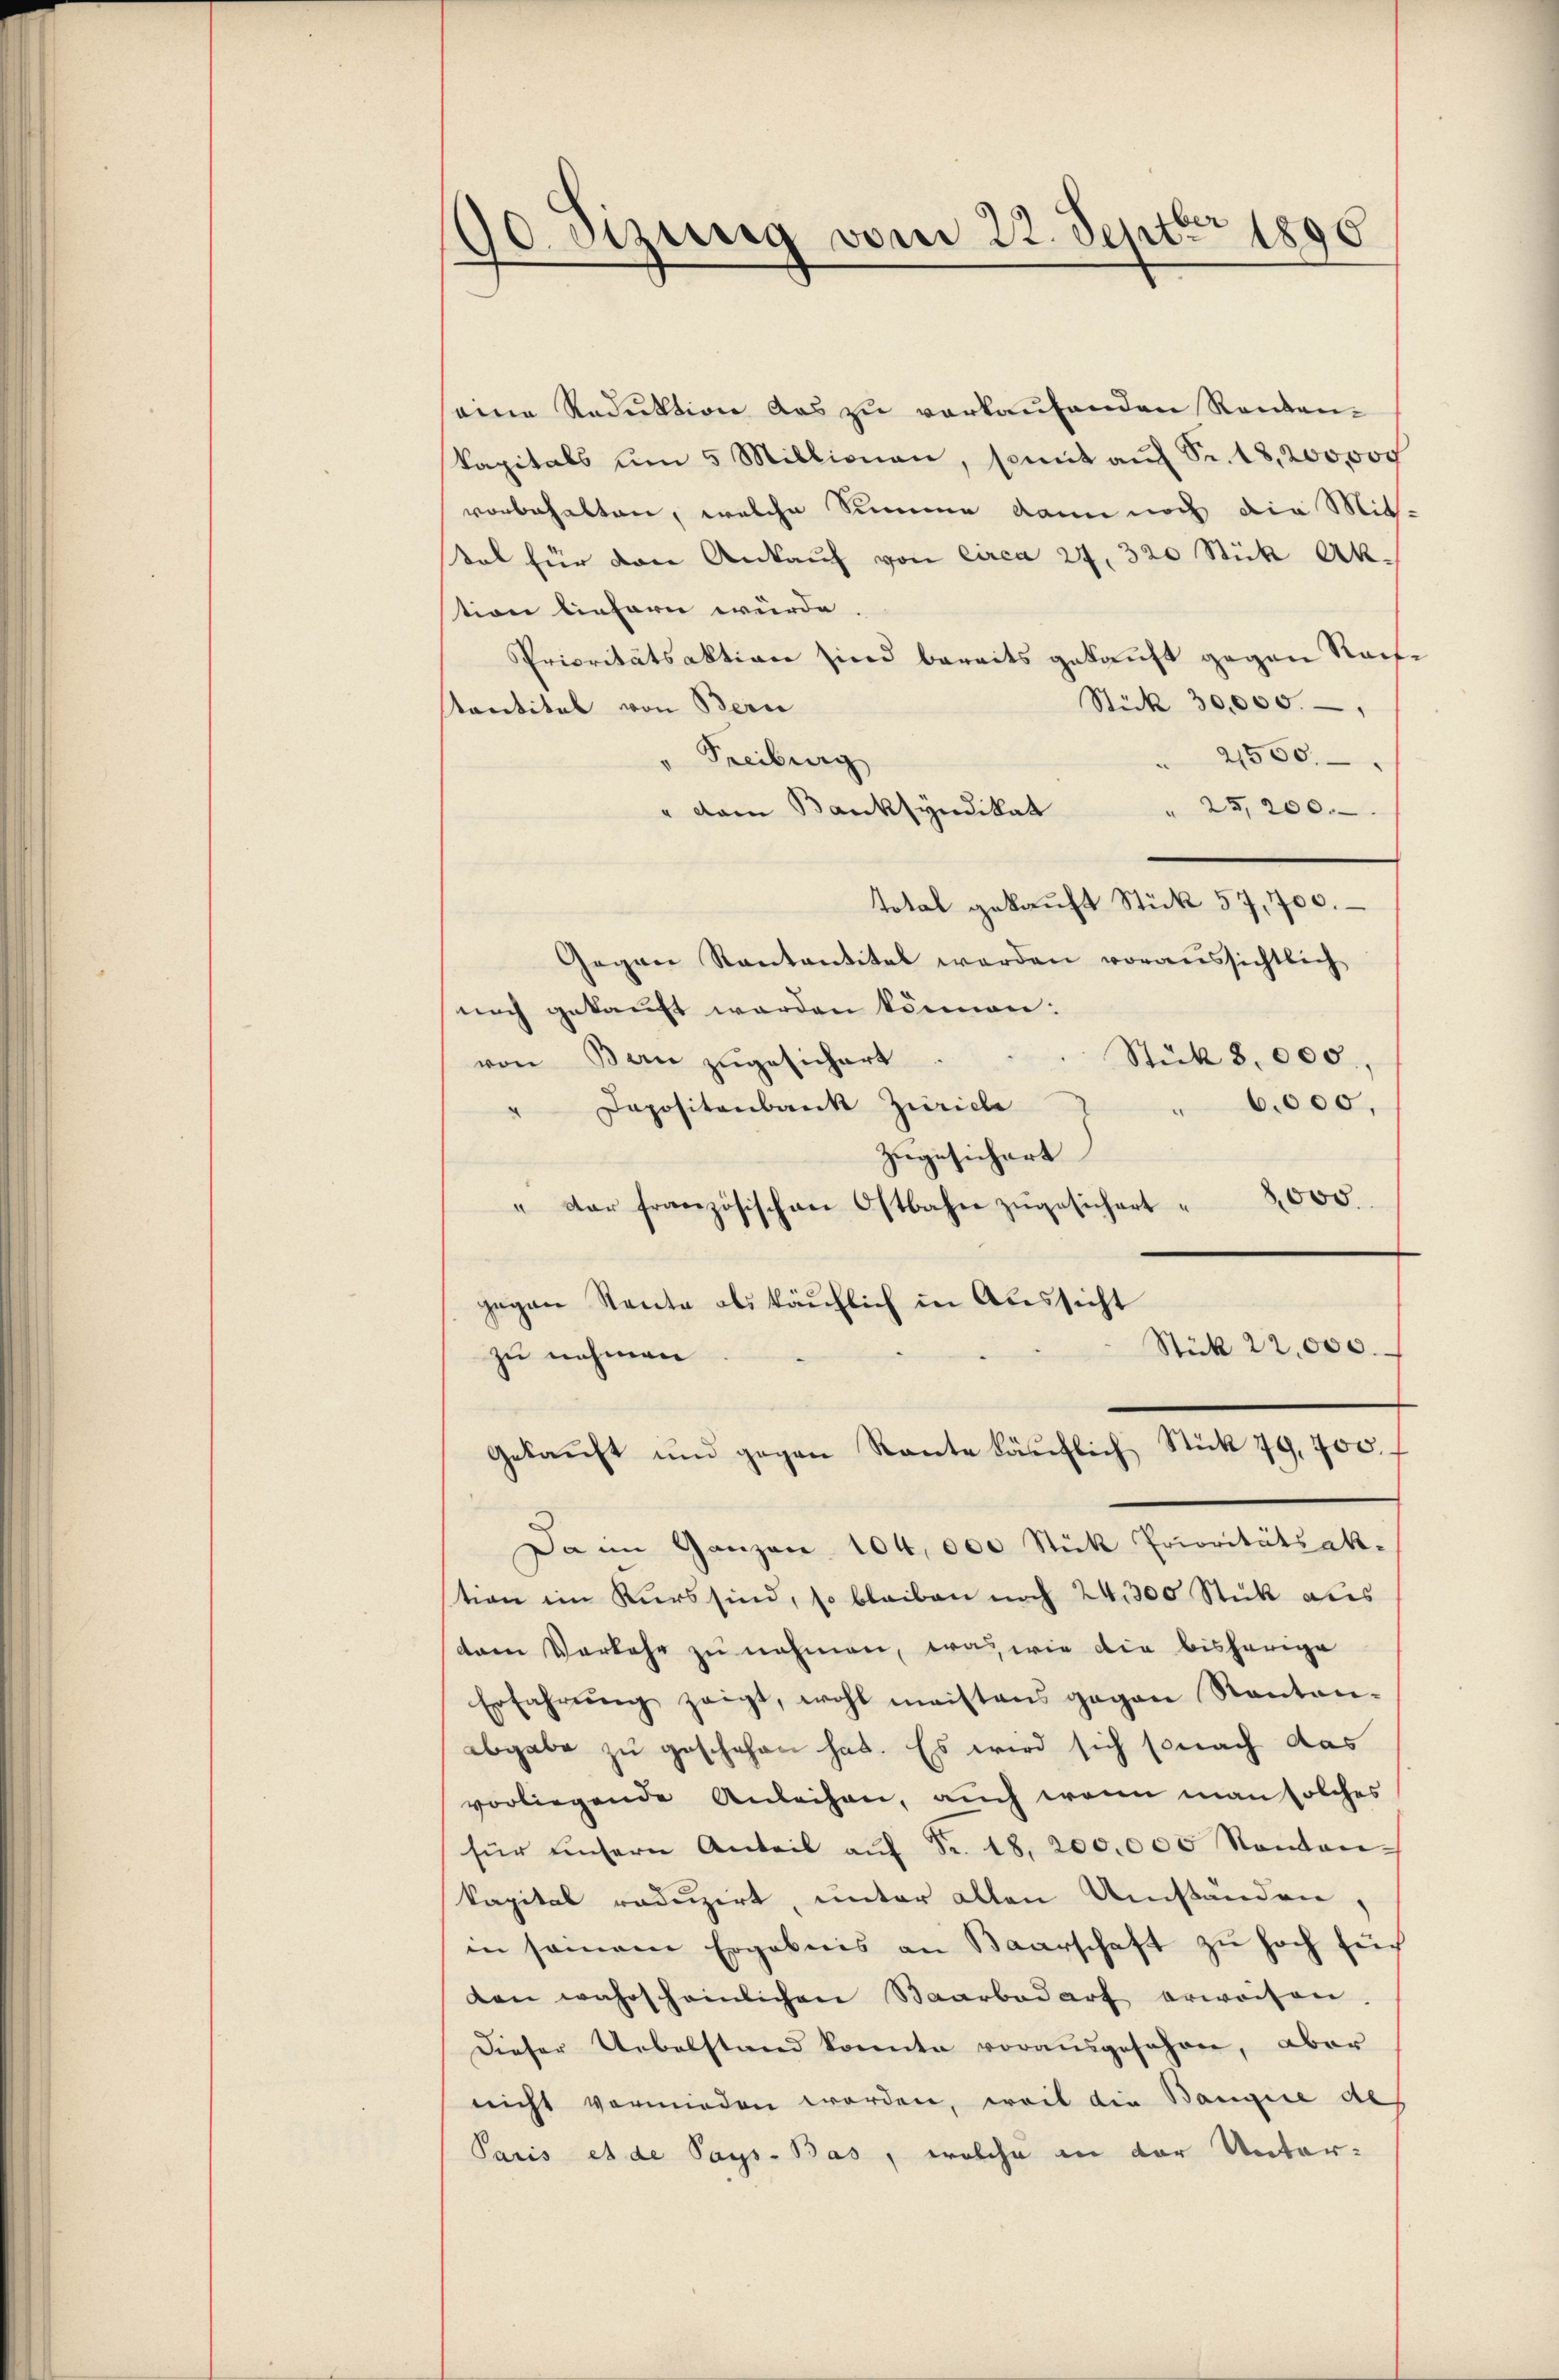
90 eizung vom 22. Septbr 1890

eine Reduktion das zu verkaufenden Renten-
kapitals um 5 Millionen, somit auf Sr. 18, 200,000
vorbehalten, welche Summe dann noch die Mit-
tal für den Ankauf von circa 27. 320 Stück Aktion liefern würde.
Prioritätsaktion sind bereits gekauft gegen Reise
Stick 30,000.
Kantital von Bern
21550.
Freiburg
" 25,200.
" dem Banksyndikat
Total gekauft Stück 57, 700.
Gegen Kantantitel werden voraussichtlich
noch gekauft werden können:
Stück 8.000.
von Bern zugesichert
6,000,
" Dapositenbank Zürich
Zugesichert
8,000.
" der französischen Ostbahn zŭgesichert.
gegen Rente als käuflich in Aussicht
Stick 22,000.
zu nehmen
Gekauft und gegen Raute käuflich Stück 79, 700.
Da im Ganzen 104,000 Stück Prioritätsak-
stion im Kurs sind, so bleiben noch 24, 300 Stück aus
tem Verkehr zu nehmen, was wie die bisherige
Erfahrung zeigt, wohl meistens gegen Kantonabgabe zu geschehen hat. Es wird sich sonach das
vorliegende Anleihen, auch wenn man solches
für unsern Anteil aŭf Fr. 18. 200,000 Kanton-
kapital reduzirt, unter allen Umständen,
in seinem Ergebnis an Baarschaft zŭ hoch für
den wahrscheinlichen Saarbedarf erwaisen.
Dieser Uebelstand konnte vorausgesehen, aber
nicht vormieden worden, weil die Bangie aus
Paris et de Pays. Bas, welche in der Unter-